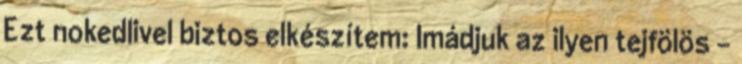
Ezt nokedlivel biztos elkészítem: Imádjuk az ilyen tejfölös -